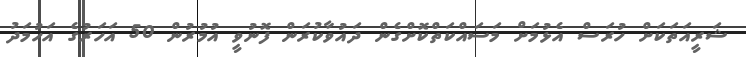
ޝަރީއަތަކަށް ހުރަސް އެޅުމަށް މަސައްކަތްކޮށްގެން ދައުވާކުރަން ފޮނުވީ އުމުރުން 50 އަހަރުގެ އަހުމަދު